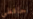
حافظي